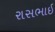
રાસભાઈ